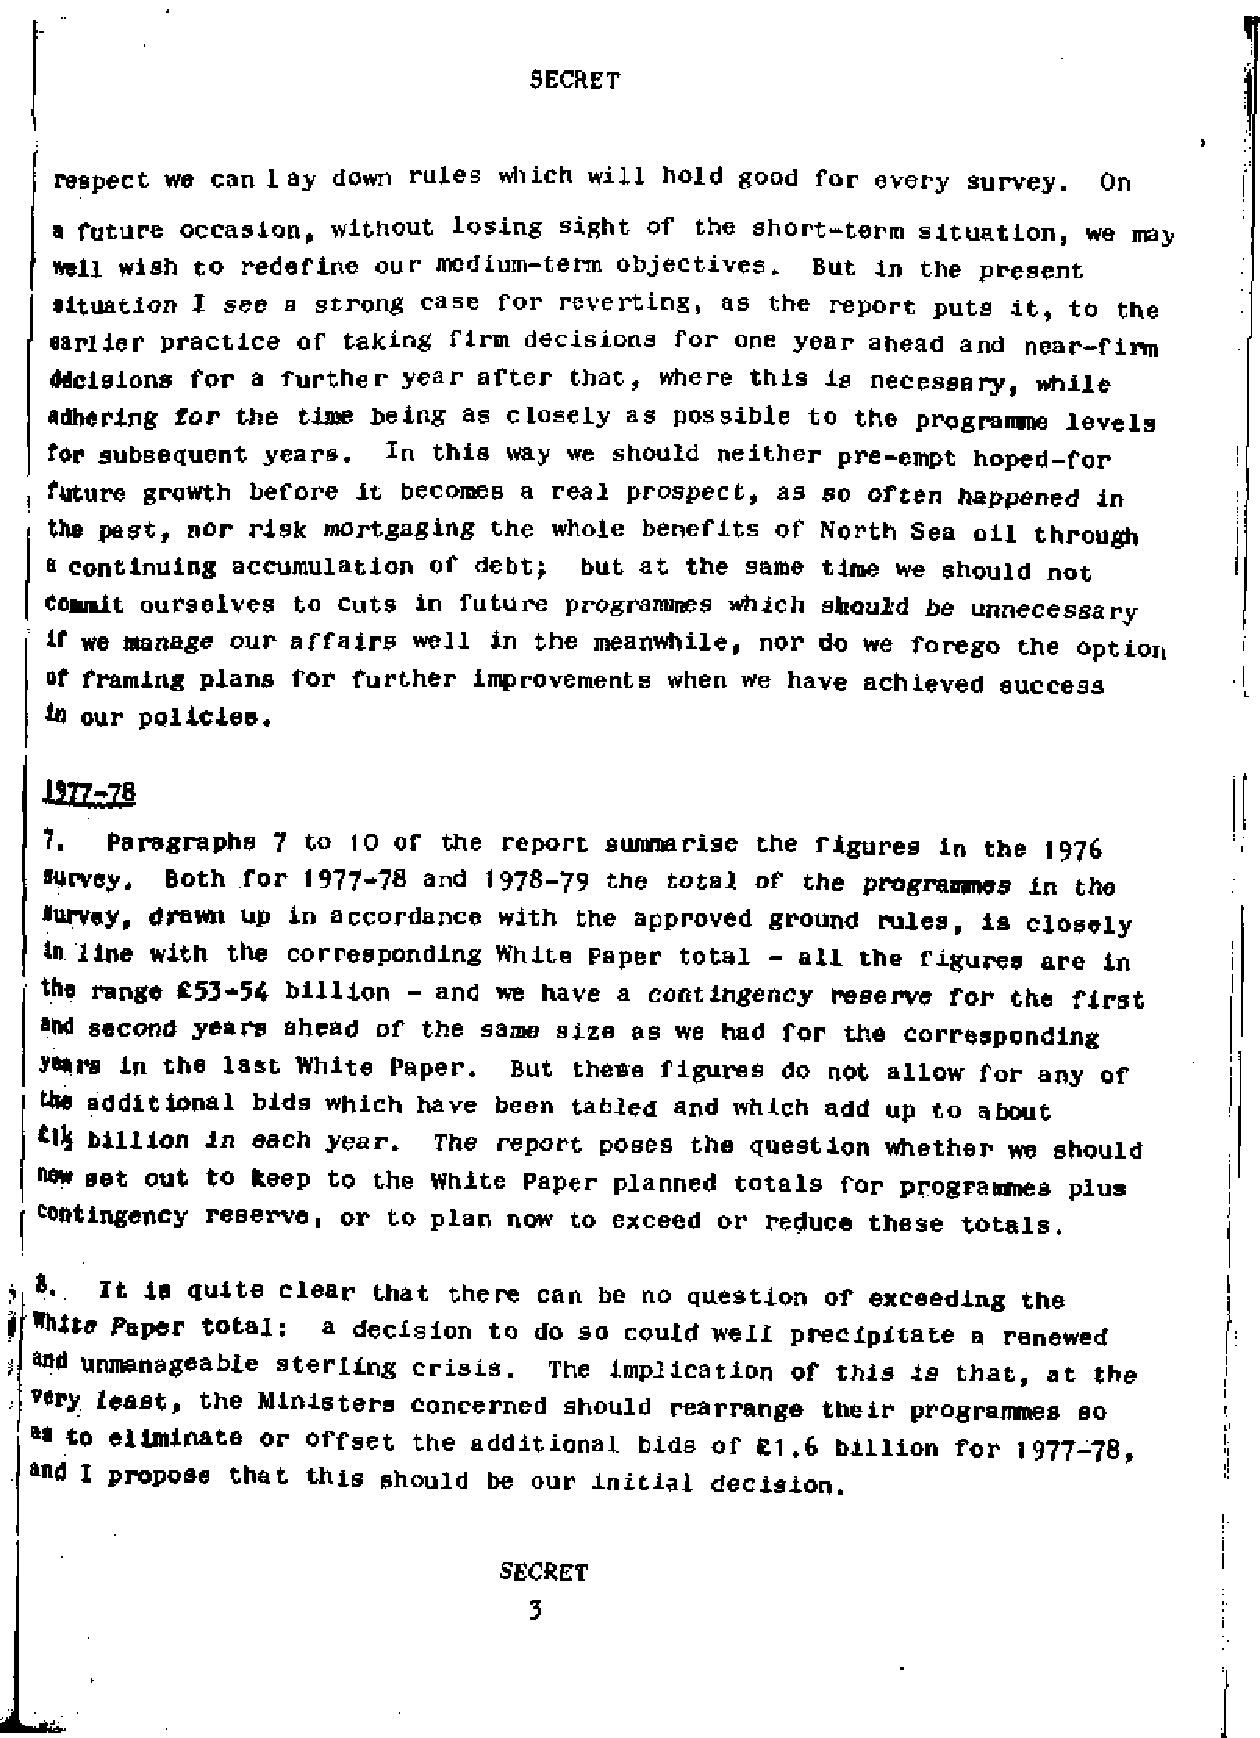
respect we can lay down rules which will hold good for every survey.  On
 a future occasion, without losing sight of the short-term situation, we may
 mil  wish to redefine our medium-term objectives.  But in  the present
 Situation I see a strong case for reverting, as the report puts it, to the
 earlier practice of taking firm decisions for one year ahead and  near-firm
 decisions for a further year after that, where this is necessary, while
 Adhering for the time being as closely as possible to  the programme levels
 for subsequent years.  In this way we should neither pre-empt  hoped-for
 future growth before it becomes a real prospect, as so often  happened in
 the past, nor risk mortgaging the whole benefits of North Sea oil  through
 a continuing accumulation of debt;  but at the same time we should not
 Commit ourselves to cuts in future programmes which should be unnecessary
 if we manage our affairs well in the meanwhile, nor do we  forego the option
 of framing plans for further improvements when we have achieved success
 in our policies.
 1377-78
 7.  Paragraphs 7 to 10 of  the report summarise the figures in the  1976
 survey. Both for  1977-78 and 1978-79 the total of the programmes in the
 survey, drawn up in accordance with the approved ground rules, is closely
 in line with the corresponding White Paper total - all the figures are in
 the range £53-54- billion - and we have a contingency reserve for the first
 and second years ahead of the same size as we had for the corresponding
 y*a,rs in the last White Paper. But these figures do not allow for any of
 the additional bids which have been tabled and which add up to about
 £llj billion in each year. The report poses the question whether we should
 new set out to keep to the White  Paper planned totals for programmes plus
 contingency reserve, or to plan now to exceed or reduce these totals.
 8.   It is quite clear that there can be no  question of exceeding the
 "hite Paper total:  a decision to do so could well precipitate a renewed
 unmanageable sterling  crisis. The  implication of this is that, at the
 v*ry least, the Ministers concerned should rearrange their programmes so
 a* to eliminate or offset the additional bids of £1.6 billion for 1977-78,
 and I propose that this should be our initial decision.